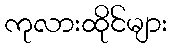
ကုလားထိုင်များ